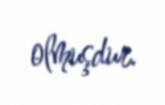
olmuşdur.